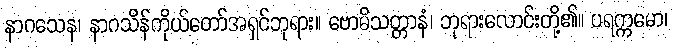
နာဂသေန၊ နာဂသိန်ကိုယ်တော်အရှင်ဘုရား။ ဗောဓိသတ္တာနံ၊ ဘုရားလောင်းတို့၏။ ပရက္ကမော၊